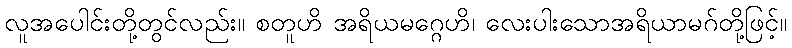
လူအပေါင်းတို့တွင်လည်း။ စတူဟိ အရိယမဂ္ဂေဟိ၊ လေးပါးသောအရိယာမဂ်တို့ဖြင့်။